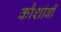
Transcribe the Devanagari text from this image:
कौशांबीं